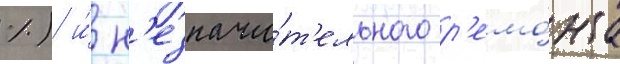
%) и́ н'езначи́т'ельного р'емо́нта